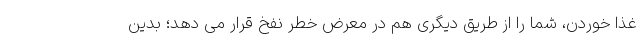
غذا خوردن، شما را از طریق دیگری هم در معرض خطر نفخ قرار می دهد؛ بدین